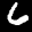
Digit: 7